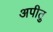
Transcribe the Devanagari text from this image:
अपीतु